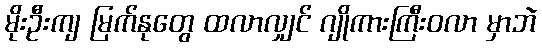
မိုးဦးကျ မြက်နုတွေ ထလာလျှင် ဂျိုကားကြီးဝလာ မှာဘဲ